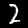
Digit: 2